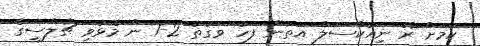
ކަމަށް ރޭ ނިއުކާސަލް އަތުން ފަހު ވަގުތު 2-1 ން މޮޅުވި ޗެލްސީގެ